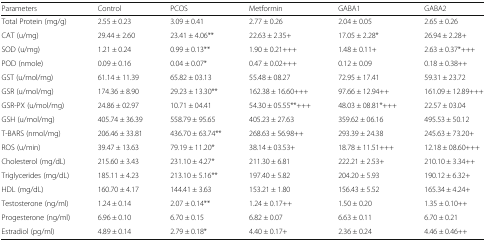
<table><thead><tr><td><b>Parameters</b></td><td><b>Control</b></td><td><b>PCOS</b></td><td><b>Metformin</b></td><td><b>GABA1</b></td><td><b>GABA2</b></td></tr></thead><tbody><tr><td>Total Protein (mg/g)</td><td>2.55 ± 0.23</td><td>3.09 ± 0.41</td><td>2.77 ± 0.26</td><td>2.04 ± 0.05</td><td>2.65 ± 0.26</td></tr><tr><td>CAT (u/mg)</td><td>29.44 ± 2.60</td><td>23.41 ± 4.06**</td><td>22.63 ± 2.35+</td><td>17.05 ± 2.28*</td><td>26.94 ± 2.28+</td></tr><tr><td>SOD (u/mg)</td><td>1.21 ± 0.24</td><td>0.99 ± 0.13**</td><td>1.90 ± 0.21+++</td><td>1.48 ± 0.11+</td><td>2.63 ± 0.37*+++</td></tr><tr><td>POD (nmole)</td><td>0.09 ± 0.16</td><td>0.04 ± 0.07*</td><td>0.47 ± 0.02+++</td><td>0.12 ± 0.09</td><td>0.18 ± 0.38++</td></tr><tr><td>GST (u/mol/mg)</td><td>61.14 ± 11.39</td><td>65.82 ± 03.13</td><td>55.48 ± 08.27</td><td>72.95 ± 17.41</td><td>59.31 ± 23.72</td></tr><tr><td>GSR (u/mol/mg)</td><td>174.36 ± 8.90</td><td>29.23 ± 13.30**</td><td>162.38 ± 16.60+++</td><td>97.66 ± 12.94++</td><td>161.09 ± 12.89+++</td></tr><tr><td>GSR-PX (u/mol/mg)</td><td>24.86 ± 02.97</td><td>10.71 ± 04.41</td><td>54.30 ± 05.55**+++</td><td>48.03 ± 08.81*+++</td><td>22.57 ± 03.04</td></tr><tr><td>GSH (u/mol/mg)</td><td>405.74 ± 36.39</td><td>558.79 ± 95.65</td><td>405.23 ± 27.63</td><td>359.62 ± 06.16</td><td>495.53 ± 50.12</td></tr><tr><td>T-BARS (nmol/mg)</td><td>206.46 ± 33.81</td><td>436.70 ± 63.74**</td><td>268.63 ± 56.98++</td><td>293.39 ± 24.38</td><td>245.63 ± 73.20+</td></tr><tr><td>ROS (u/min)</td><td>39.47 ± 13.63</td><td>79.19 ± 11.20*</td><td>38.14 ± 03.53+</td><td>18.78 ± 11.51+++</td><td>12.18 ± 08.60+++</td></tr><tr><td>Cholesterol (mg/dL)</td><td>215.60 ± 3.43</td><td>231.10 ± 4.27*</td><td>211.30 ± 6.81</td><td>222.21 ± 2.53+</td><td>210.10 ± 3.34++</td></tr><tr><td>Triglycerides (mg/dL)</td><td>185.11 ± 4.23</td><td>213.10 ± 5.16**</td><td>197.40 ± 5.82</td><td>204.20 ± 5.93</td><td>190.12 ± 6.32+</td></tr><tr><td>HDL (mg/dL)</td><td>160.70 ± 4.17</td><td>144.41 ± 3.63</td><td>153.21 ± 1.80</td><td>156.43 ± 5.52</td><td>165.34 ± 4.24+</td></tr><tr><td>Testosterone (ng/ml)</td><td>1.24 ± 0.14</td><td>2.07 ± 0.14**</td><td>1.24 ± 0.17++</td><td>1.50 ± 0.20</td><td>1.35 ± 0.10++</td></tr><tr><td>Progesterone (ng/ml)</td><td>6.96 ± 0.10</td><td>6.70 ± 0.15</td><td>6.82 ± 0.07</td><td>6.63 ± 0.11</td><td>6.70 ± 0.21</td></tr><tr><td>Estradiol (pg/ml)</td><td>4.89 ± 0.14</td><td>2.79 ± 0.18*</td><td>4.40 ± 0.17+</td><td>2.36 ± 0.24</td><td>4.46 ± 0.46++</td></tr></tbody></table>